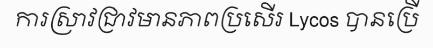
ការស្រាវជ្រាវមានភាពប្រសើរ Lycos បានប្រើ